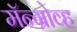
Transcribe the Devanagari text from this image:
मॅन्ग्रोव्ह